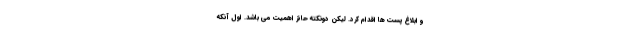
و ابلاغ پست ها اقدام کرد. لیکن دونکته حائز اهمیت می باشد. اول آنکه